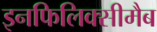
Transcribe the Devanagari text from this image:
इनफिलिक्सीमैब